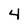
Character: 4